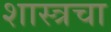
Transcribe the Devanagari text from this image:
शास्त्रचा